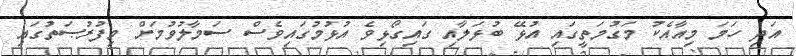
އަދި ހަމަ މިއާއެކު މަގުމަތީގައި އުޅޭ ބުޅަލާއި ގައިގޯޅިވެ އުޅުމުގައިވެސް ސަމާލުވުމަށް މިފުރުޞަތުގައި